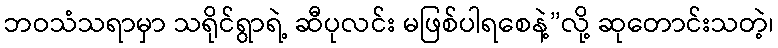
ဘဝသံသရာမှာ သရိုင်ရွာရဲ့ ဆီပုလင်း မဖြစ်ပါရစေနဲ့”လို့ ဆုတောင်းသတဲ့၊